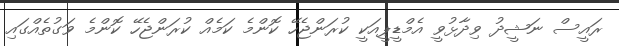
ރައީސް ނަޝީދު ވިދާޅުވީ އެމްޑީޕީއަކީ ކުރަންޖެހޭ ކޮންމެ ކަމެއް ކުރަންޖެހޭ ކޮންމެ ވަގުތެއްގައި